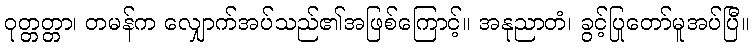
ဝုတ္တတ္တာ၊ တမန်က လျှောက်အပ်သည်၏အဖြစ်ကြောင့်။ အနုညာတံ၊ ခွင့်ပြုတော်မူအပ်ပြီ။